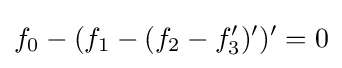
f_{0}-(f_{1}-(f_{2}-f'_{3})')'=0